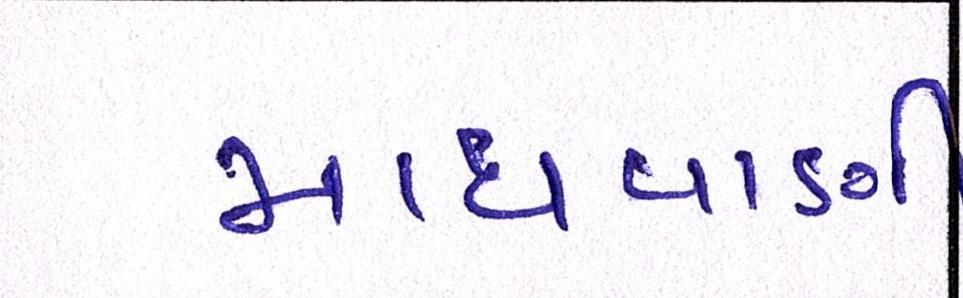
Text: માધવાણી